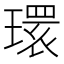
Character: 𤨔